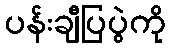
ပန်းချီပြပွဲကို